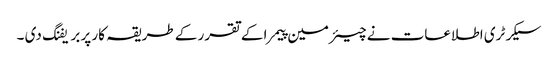
سیکرٹری اطلاعات نے چیئرمین پیمرا کے تقرر کے طریقہ کار پر بریفنگ دی ۔